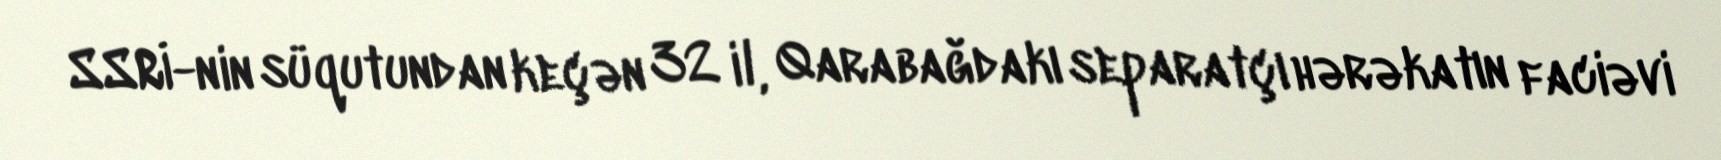
SSRİ-nin süqutundan keçən 32 il, Qarabağdakı separatçı hərəkatın faciəvi